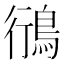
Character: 鴴